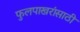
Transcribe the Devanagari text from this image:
फुलपाखरांसाठी